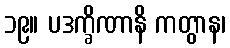
၁၉။ ပဒက္ခိဏာနိ ကတွာန၊